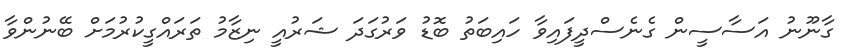
ގާނޫނު އަސާސީން ގެނެސްދީފައިވާ ހައިބަތު ބޮޑު ވަރުގަދަ ޝަރުއީ ނިޒާމު ތަރައްގީކުރުމަށް ބޭނުންވާ